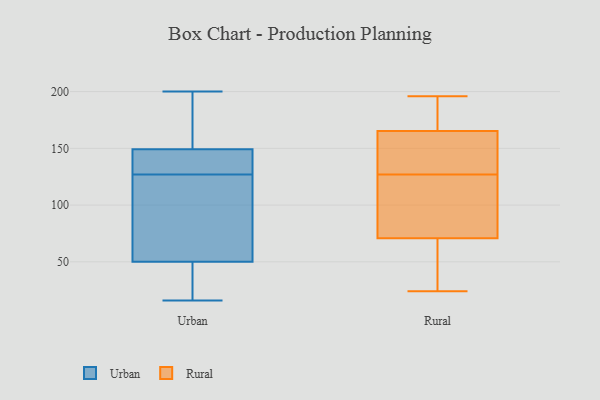
{"axis": {"x": "Tickets Resolved", "y": "Value"}, "legend": ["Rural", "Urban"], "data": [{"x": "", "y": 35, "type": "Urban"}, {"x": "", "y": 194, "type": "Urban"}, {"x": "", "y": 152, "type": "Urban"}, {"x": "", "y": 47, "type": "Urban"}, {"x": "", "y": 128, "type": "Urban"}, {"x": "", "y": 40, "type": "Urban"}, {"x": "", "y": 127, "type": "Urban"}, {"x": "", "y": 96, "type": "Urban"}, {"x": "", "y": 16, "type": "Urban"}, {"x": "", "y": 43, "type": "Urban"}, {"x": "", "y": 65, "type": "Urban"}, {"x": "", "y": 151, "type": "Urban"}, {"x": "", "y": 200, "type": "Urban"}, {"x": "", "y": 59, "type": "Urban"}, {"x": "", "y": 128, "type": "Urban"}, {"x": "", "y": 72, "type": "Urban"}, {"x": "", "y": 133, "type": "Urban"}, {"x": "", "y": 144, "type": "Urban"}, {"x": "", "y": 169, "type": "Urban"}, {"x": "", "y": 127, "type": "Rural"}, {"x": "", "y": 184, "type": "Rural"}, {"x": "", "y": 24, "type": "Rural"}, {"x": "", "y": 137, "type": "Rural"}, {"x": "", "y": 86, "type": "Rural"}, {"x": "", "y": 149, "type": "Rural"}, {"x": "", "y": 70, "type": "Rural"}, {"x": "", "y": 30, "type": "Rural"}, {"x": "", "y": 167, "type": "Rural"}, {"x": "", "y": 44, "type": "Rural"}, {"x": "", "y": 73, "type": "Rural"}, {"x": "", "y": 168, "type": "Rural"}, {"x": "", "y": 160, "type": "Rural"}, {"x": "", "y": 196, "type": "Rural"}, {"x": "", "y": 78, "type": "Rural"}]}